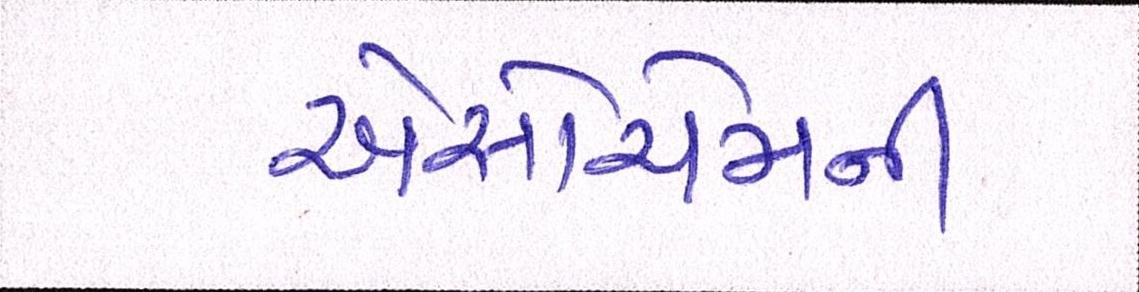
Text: એસોચેમની